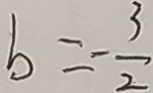
b = - \frac { 3 } { 2 }